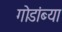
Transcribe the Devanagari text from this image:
गोडांब्या